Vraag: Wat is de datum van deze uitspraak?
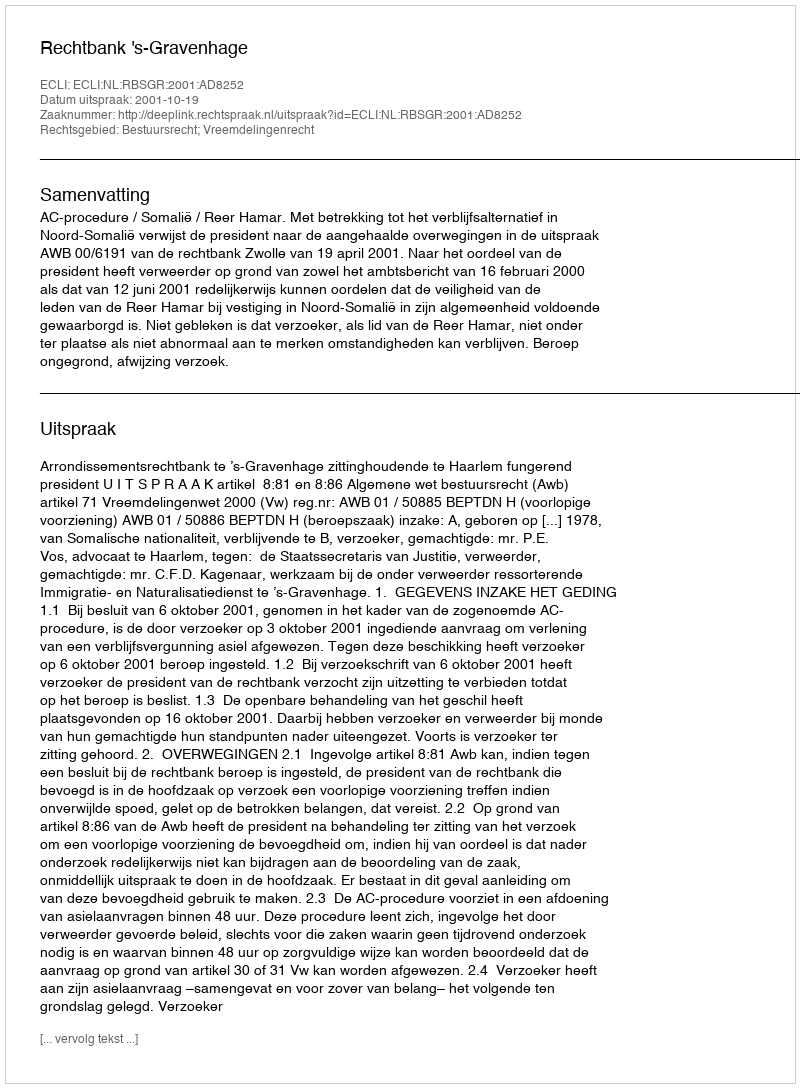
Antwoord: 2001-10-19